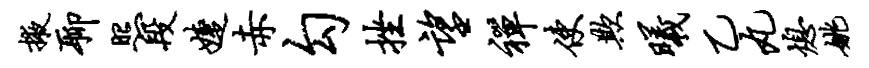
掖聊照段婕赤勾挫望禅使欺曦乙丸熄姚